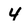
Character: 4